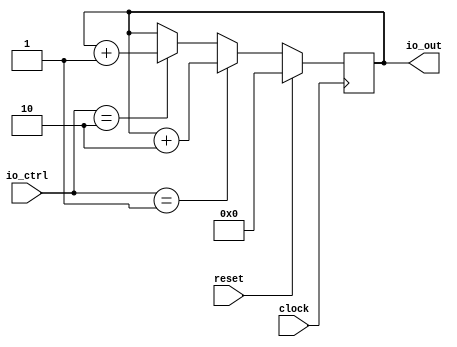
module CondAcc(
  input        clock,
  input        reset,
  input  [1:0] io_ctrl,
  output [4:0] io_out
);
`ifdef RANDOMIZE_REG_INIT
  reg [31:0] _RAND_0;
`endif // RANDOMIZE_REG_INIT
  reg [4:0] acc; // @[CondAcc.scala 19:18]
  wire  _T = io_ctrl == 2'h1; // @[CondAcc.scala 20:16]
  wire [4:0] _acc_T_1 = acc + 5'h2; // @[CondAcc.scala 22:13]
  wire  _T_1 = io_ctrl == 2'h2; // @[CondAcc.scala 23:21]
  wire [4:0] _acc_T_3 = acc + 5'h1; // @[CondAcc.scala 25:13]
  assign io_out = acc; // @[CondAcc.scala 30:9]
  always @(posedge clock) begin
    if (reset) begin // @[CondAcc.scala 19:18]
      acc <= 5'h0; // @[CondAcc.scala 19:18]
    end else if (_T) begin // @[CondAcc.scala 21:3]
      acc <= _acc_T_1; // @[CondAcc.scala 22:8]
    end else if (_T_1) begin // @[CondAcc.scala 24:3]
      acc <= _acc_T_3; // @[CondAcc.scala 25:8]
    end
  end
// Register and memory initialization
`ifdef RANDOMIZE_GARBAGE_ASSIGN
`define RANDOMIZE
`endif
`ifdef RANDOMIZE_INVALID_ASSIGN
`define RANDOMIZE
`endif
`ifdef RANDOMIZE_REG_INIT
`define RANDOMIZE
`endif
`ifdef RANDOMIZE_MEM_INIT
`define RANDOMIZE
`endif
`ifndef RANDOM
`define RANDOM $random
`endif
`ifdef RANDOMIZE_MEM_INIT
  integer initvar;
`endif
`ifndef SYNTHESIS
`ifdef FIRRTL_BEFORE_INITIAL
`FIRRTL_BEFORE_INITIAL
`endif
initial begin
  `ifdef RANDOMIZE
    `ifdef INIT_RANDOM
      `INIT_RANDOM
    `endif
    `ifndef VERILATOR
      `ifdef RANDOMIZE_DELAY
        #`RANDOMIZE_DELAY begin end
      `else
        #0.002 begin end
      `endif
    `endif
`ifdef RANDOMIZE_REG_INIT
  _RAND_0 = {1{`RANDOM}};
  acc = _RAND_0[4:0];
`endif // RANDOMIZE_REG_INIT
  `endif // RANDOMIZE
end // initial
`ifdef FIRRTL_AFTER_INITIAL
`FIRRTL_AFTER_INITIAL
`endif
`endif // SYNTHESIS
endmodule